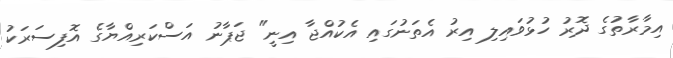
އިމާރާތުގެ ދޮރު ހުޅުވައިލި އިރު އެތަނުގައި އެކުއްޖާ އިނީ" ޖަޕާނު އަސްކަރިއްޔާގެ އޮފިސަރަކު